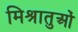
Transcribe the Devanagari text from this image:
मिश्रातुओं